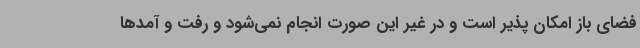
فضای باز امکان پذیر است و در غیر این صورت انجام نمی‌شود و رفت و آمدها